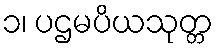
၁၊ ပဌမပိယသုတ္တ